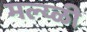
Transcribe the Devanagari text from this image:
मल्य्ळी